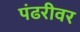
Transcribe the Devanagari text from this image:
पंढरीवर